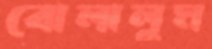
বোলালুম